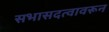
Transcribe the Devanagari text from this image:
सभासदत्वावरून